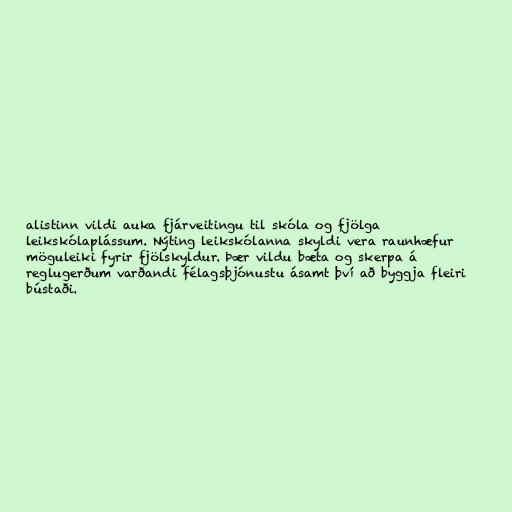
alistinn vildi auka fjárveitingu til skóla og fjölga
leikskólaplássum. Nýting leikskólanna skyldi vera raunhæfur
möguleiki fyrir fjölskyldur. Þær vildu bæta og skerpa á
reglugerðum varðandi félagsþjónustu ásamt því að byggja fleiri
bústaði.